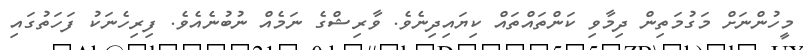
މީހުންނަށް މަގުމަތިން ދިމާވި ކަންތައްތައް ކިޔައިދިނެވެ. ވާރިޝްގެ ނަމެއް ނުބުނެއެވެ. ފިރިހެނަކު ފަހަތުގައި